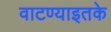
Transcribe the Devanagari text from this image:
वाटण्याइतके